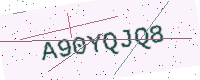
Text: A90YQJQ8